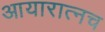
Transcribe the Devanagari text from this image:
आयारात्नच